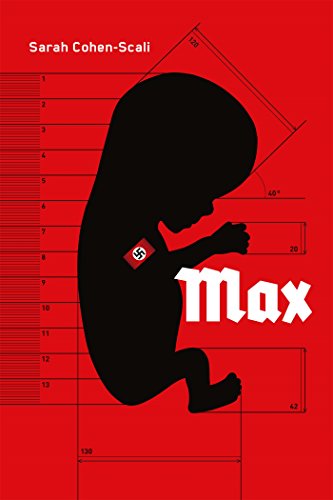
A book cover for Max; Sarah Cohen-Scali; Teen & Young Adult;